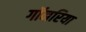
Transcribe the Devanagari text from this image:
गॉनरिया